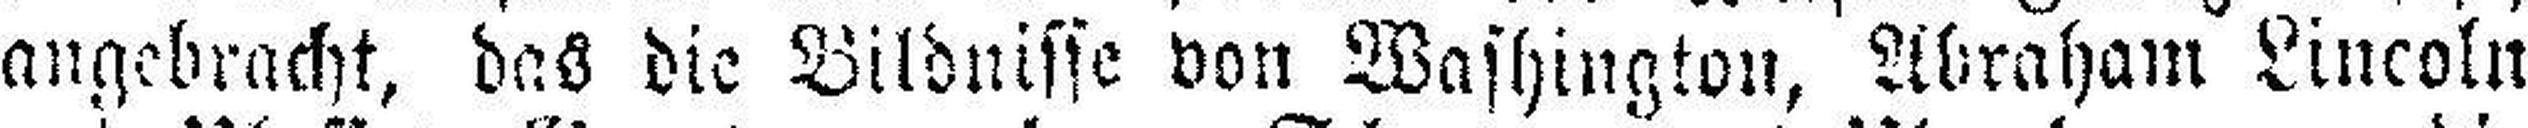
angebracht, das die Bildnisse von Washington, Abraham Lincoln